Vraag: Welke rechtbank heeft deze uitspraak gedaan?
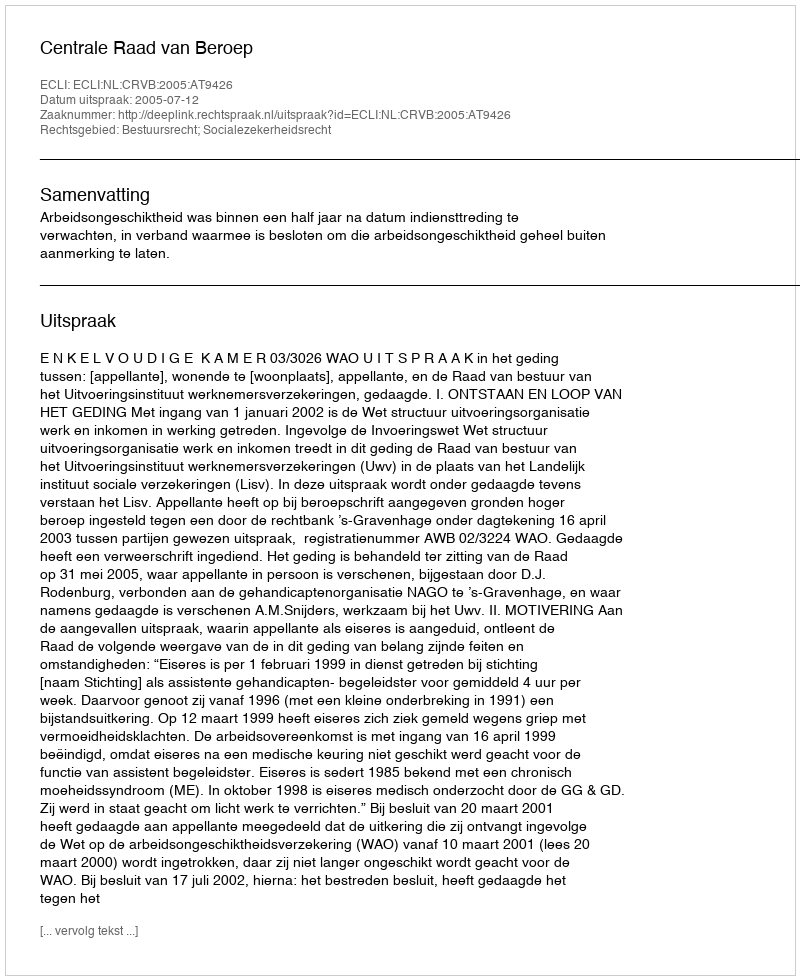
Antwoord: Centrale Raad van Beroep